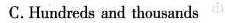
C.Hundreds and thousands